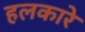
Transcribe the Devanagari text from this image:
हलकारे